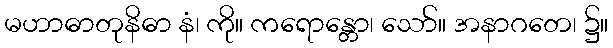
မဟာဓာတုနိဓာ နံ၊ ကို။ ကရောန္တော၊ သော်။ အနာဂတေ၊ ၌။